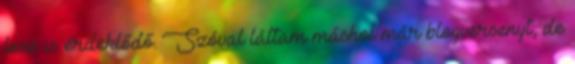
lesz is érdeklődő. Szóval láttam máshol már blogversenyt, de